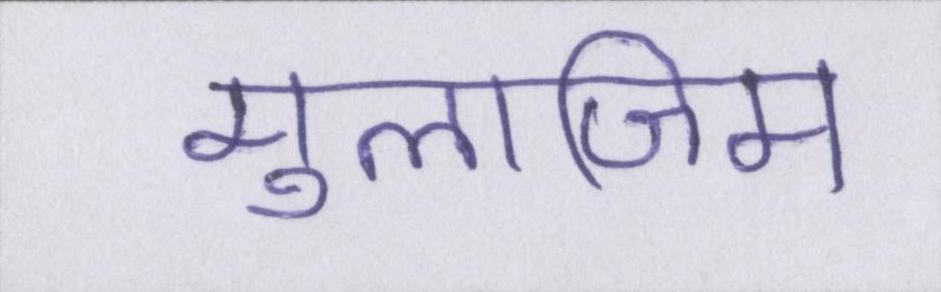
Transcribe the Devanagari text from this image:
मुलाजिम